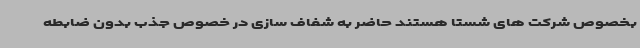
بخصوص شرکت های شستا هستند حاضر به شفاف سازی در خصوص جذب بدون ضابطه